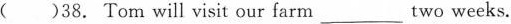
( )38. Tom will visit our farm___two weeks.